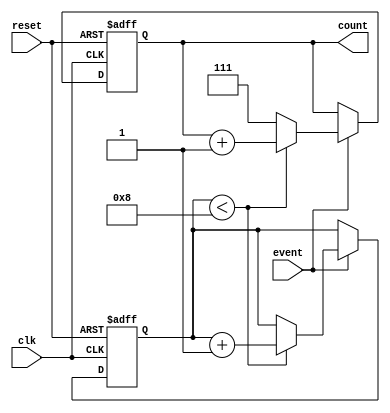
module WindowedCounter #(parameter WINDOW_SIZE = 8)(
    input wire clk,         // Clock input
    input wire reset,       // Reset input (active high)
    input wire event,       // Event signal (counting event)
    output reg [$clog2(WINDOW_SIZE)-1:0] count // Count output
);

    // Internal registers
    reg [$clog2(WINDOW_SIZE)-1:0] event_count; // Current count of events
    reg [WINDOW_SIZE-1:0] event_window;         // Window to track events

    // Initial block for reset
    initial begin
        count = 0;
        event_count = 0;
        event_window = 0;
    end

    always @(posedge clk or posedge reset) begin
        if (reset) begin
            // Reset counter and window
            count <= 0;
            event_count <= 0;
            event_window <= 0;
        end else if (event) begin
            // Event detected
            
            if (event_count < WINDOW_SIZE) begin
                // If window is not full, just increment the event count
                event_count <= event_count + 1;
            end else begin
                // If window is full, remove the oldest event
                event_window <= event_window >> 1; // Shift right to discard oldest event
            end
            
            // Add new event to window
            event_window[0] <= 1; // New event occurs
            count <= event_count; // Update count output
            
            // Increment the count up to maximum window size
            if (event_count < WINDOW_SIZE) begin
                count <= count + 1;
            end else begin
                // Count saturates at maximum value for window
                count <= WINDOW_SIZE - 1; // Saturation
            end
        end
    end

endmodule